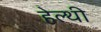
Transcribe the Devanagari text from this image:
हेल्थी